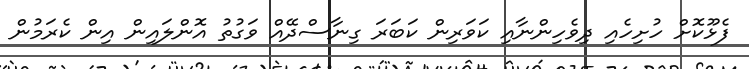
ފެޅޫކޮށް ހުށިހެއި ދިވެހިންނާއި ކަވަރިން ކަބަރަ ގިނާސްދޭއް ވަގުތު އޮންލައިން އިން ކެރަމުން